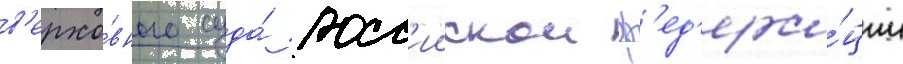
в'ерхо́вного суда́ росс'иискои ф'ед'ера́ции